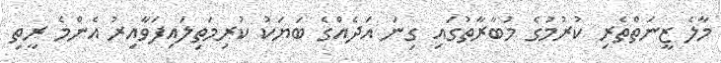
މާލެ ޒީނަތްތެރި ކުރުމުގެ މުބާރާތުގައި ގިނަ އަދެއްގެ ބަޔަކު ކުރިމަތިލައިފަވާއިރު އެންމެ ރީތި